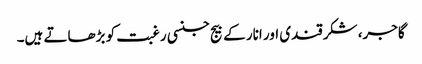
گاجر، شکرقندی اور انار کے بیج جنسی رغبت کو بڑھاتے ہیں۔